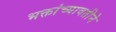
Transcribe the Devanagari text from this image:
भक्तांच्यावतीने